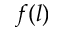
f ( l )